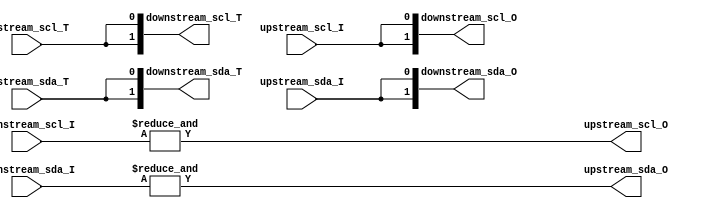
module iic_multiplexer #
    (
        parameter integer MUX_WIDTH = 2
    ) 
    (  
        input  wire upstream_scl_T,
        input  wire upstream_scl_I,
        output wire upstream_scl_O,
        input  wire upstream_sda_T,
        input  wire upstream_sda_I,
        output wire upstream_sda_O,
        
        output wire [MUX_WIDTH - 1:0] downstream_scl_T,
        input  wire [MUX_WIDTH - 1:0] downstream_scl_I,
        output wire [MUX_WIDTH - 1:0] downstream_scl_O,
        output wire [MUX_WIDTH - 1:0] downstream_sda_T,
        input  wire [MUX_WIDTH - 1:0] downstream_sda_I,
        output wire [MUX_WIDTH - 1:0] downstream_sda_O
    );
    
    assign upstream_scl_O = &downstream_scl_I;
    assign upstream_sda_O = &downstream_sda_I;
    //assign upstream_scl_O = (&downstream_scl_I == 1'b1) ? 1 : 0;
    //assign upstream_sda_O = (&downstream_sda_I == 1'b1) ? 1 : 0;
    
    genvar k;
    generate
        for (k = 0; k <= MUX_WIDTH - 1; k = k + 1) begin: GEN
            assign downstream_scl_O[k] = upstream_scl_I;
            assign downstream_sda_O[k] = upstream_sda_I;
            assign downstream_scl_T[k] = upstream_scl_T;
            assign downstream_sda_T[k] = upstream_sda_T;        
        end
    endgenerate
        
endmodule